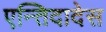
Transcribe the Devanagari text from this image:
एन्तिदादेस